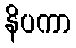
နိပကာ